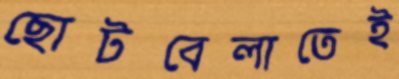
ছোটবেলাতেই